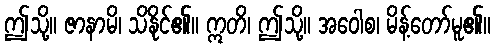
ဤသို့။ ဇာနာမိ၊ သိနိုင်၏။ ဣတိ၊ ဤသို့။ အဝေါစ၊ မိန့်တော်မူ၏။